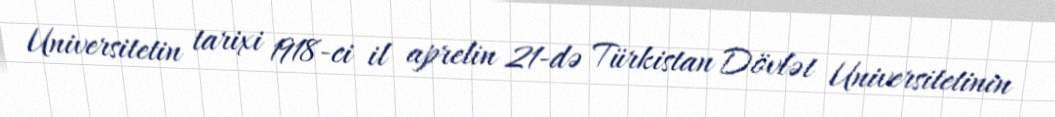
Universitetin tarixi 1918-ci il aprelin 21-də Türkistan Dövlət Universitetinin